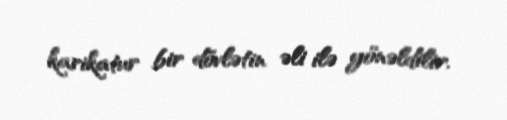
karikatur bir dövlətin əli ilə yönəldilir.